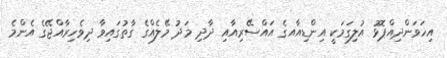
އިހަވަންދިއްޕޮޅު އުލިގަމަކީ އިންޑިއާއގެ އައްސޭރިއާއި ދާދި މަދު މޭލެއްގެ ގާތުގައިވާ ދިވެހިރާއްޖޭގެ އެންމެ